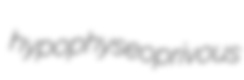
hypophyseoprivous